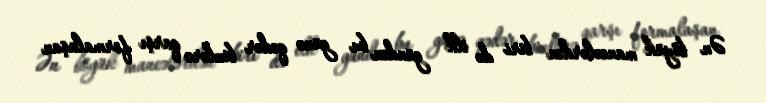
Ən böyük maneələrdən biri də ilk gündən bu günə qədər bizlərə qarşı formalaşan